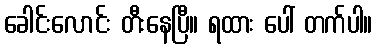
ခေါင်းလောင်း တီးနေပြီ။ ရထား ပေါ် တက်ပါ။